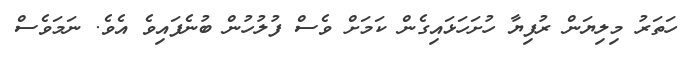
ހަތަރު މިލިޔަން ރުފިޔާ ހުށަހަޅައިގެން ކަމަށް ވެސް ފުލުހުން ބުނެފައިވެ އެވެ. ނަމަވެސް